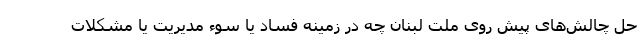
حل چالش‌های پیش روی ملت لبنان چه در زمینه فساد یا سوء مدیریت یا مشکلات